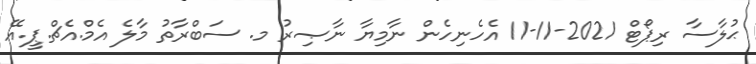
ޙުލާސާ ރިޕޯޓް 2021-11-11 އެހެނިހެން ނާމިޔާ ނާޞިރު މ. ސަބްރާތު މާލެ އެމް.އެޗް.ޕީ.އޭ